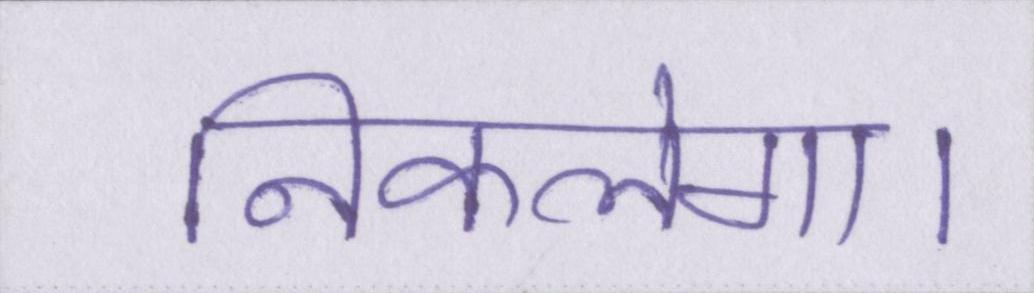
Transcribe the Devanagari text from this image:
निकलेगा।